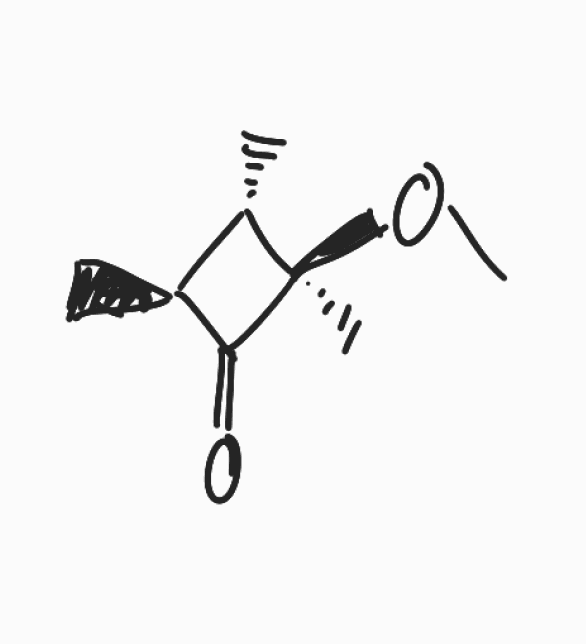
Simplified molecular-input line-entry system (SMILES) notation of the given molecule:
C[C@H]1[C@@H]([C@@](C1=O)(C)OC)C